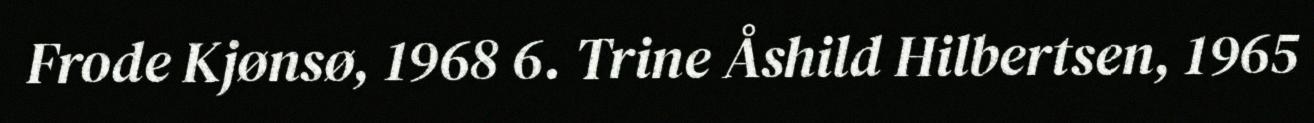
Frode Kjønsø, 1968 6. Trine Åshild Hilbertsen, 1965